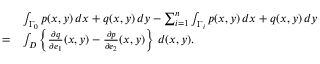
{ \begin{array} { r l } & { \int _ { \Gamma _ { 0 } } p ( x , y ) \, d x + q ( x , y ) \, d y - \sum _ { i = 1 } ^ { n } \int _ { \Gamma _ { i } } p ( x , y ) \, d x + q ( x , y ) \, d y } \\ { = } & { \int _ { D } \left\{ { \frac { \partial q } { \partial e _ { 1 } } } ( x , y ) - { \frac { \partial p } { \partial e _ { 2 } } } ( x , y ) \right\} \, d ( x , y ) . } \end{array} }